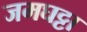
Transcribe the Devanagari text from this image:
जमघट्टा